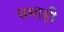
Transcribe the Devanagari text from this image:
समाही